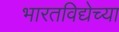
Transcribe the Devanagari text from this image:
भारतविद्येच्या